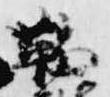
鞨